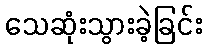
သေဆုံးသွားခဲ့ခြင်း